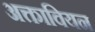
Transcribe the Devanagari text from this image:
अक्तावियन